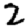
Digit: 2